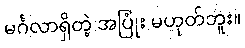
မင်္ဂလာရှိတဲ့ အပြုံး မဟုတ်ဘူး။